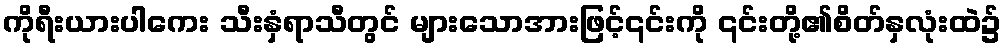
ကိုရီးယားပါကေး သီးနှံရာသီတွင် များသောအားဖြင့်၎င်းကို ၎င်းတို့၏စိတ်နှလုံးထဲ၌